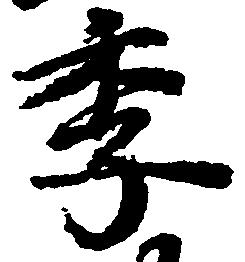
季